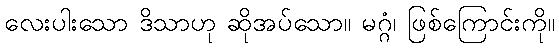
လေးပါးသော ဒိသာဟု ဆိုအပ်သော။ မဂ္ဂံ၊ ဖြစ်ကြောင်းကို။